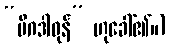
“မိဂဒါဝုန်” ဟုခေါ်၏။)